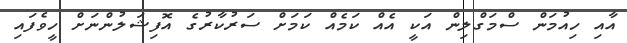
އާއި ހިއުމަން ސްމަގްލިން އަކީ އެއް ކަމެއް ކަމަށް ސަރުކާރުގެ އޮފިޝަލުންނަށް ހީވެފައި